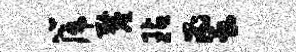
篪厘玷蜜